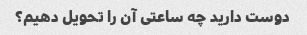
دوست دارید چه ساعتی آن را تحویل دهیم؟